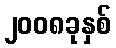
၂၀၀၈ခုနှစ်